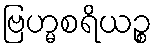
ဗြဟ္မစရိယဉ္စ